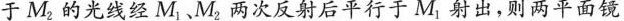
于M_{2}的光线经M_{1},M_{2}两次反射后平行于M_{1}射出，则两平面镜